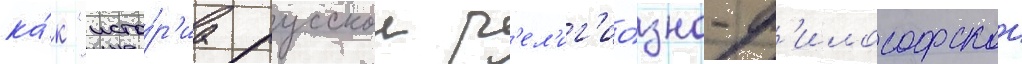
ка́к "исто́р'иа русскои р'ел'иг'ио́зно-ф'илософскои